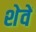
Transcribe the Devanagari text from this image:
शेवें